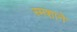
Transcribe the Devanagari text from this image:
स्मशाने